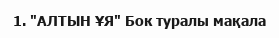
1. "АЛТЫН ҰЯ" Бок туралы мақала